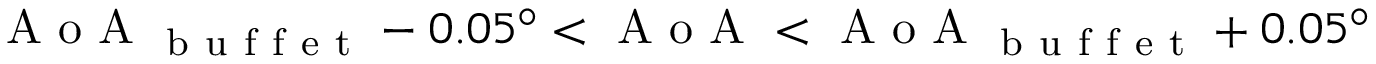
\mathrm { ~ A ~ o ~ A ~ } _ { \mathrm { ~ b ~ u ~ f ~ f ~ e ~ t ~ } } - 0 . 0 5 ^ { \circ } < \mathrm { ~ A ~ o ~ A ~ } < \mathrm { ~ A ~ o ~ A ~ } _ { \mathrm { ~ b ~ u ~ f ~ f ~ e ~ t ~ } } + 0 . 0 5 ^ { \circ }